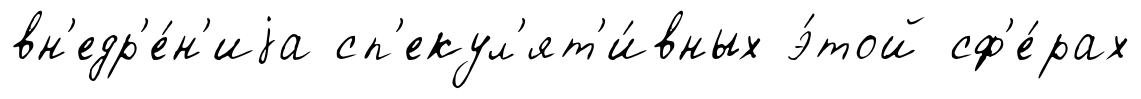
вн'едр'е́н'иjа сп'екул'ят'и́вных э́той сф'е́рах